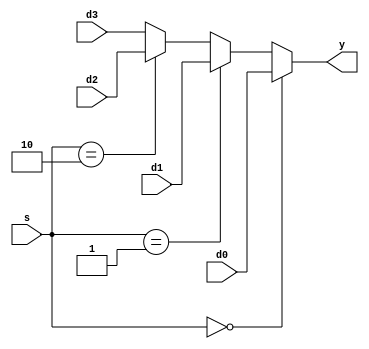
`timescale 1ns / 1ps
//////////////////////////////////////////////////////////////////////////////////
// Company: 
// Engineer: 
// 
// Design Name: 
// Module Name: mux4
// Project Name: 
// Target Devices: 
// Tool Versions: 
// Description: 
// 
// Dependencies: 
// 
// Revision:
// Revision 0.01 - File Created
// Additional Comments:
// 
//////////////////////////////////////////////////////////////////////////////////


module mux4 #(parameter WIDTH = 8)(
	input wire[WIDTH-1:0] d0,d1,d2,d3,
	input wire[1:0] s,
	output wire[WIDTH-1:0] y
    );

	assign y = (s == 2'b00) ? d0:
				(s == 2'b01) ? d1:
				(s == 2'b10) ? d2: d3;
endmodule